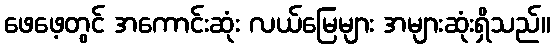
ဖေဖေ့တွင် အကောင်းဆုံး လယ်မြေများ အများဆုံးရှိသည်။